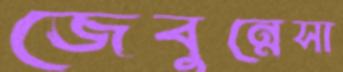
জেবুন্নেসা